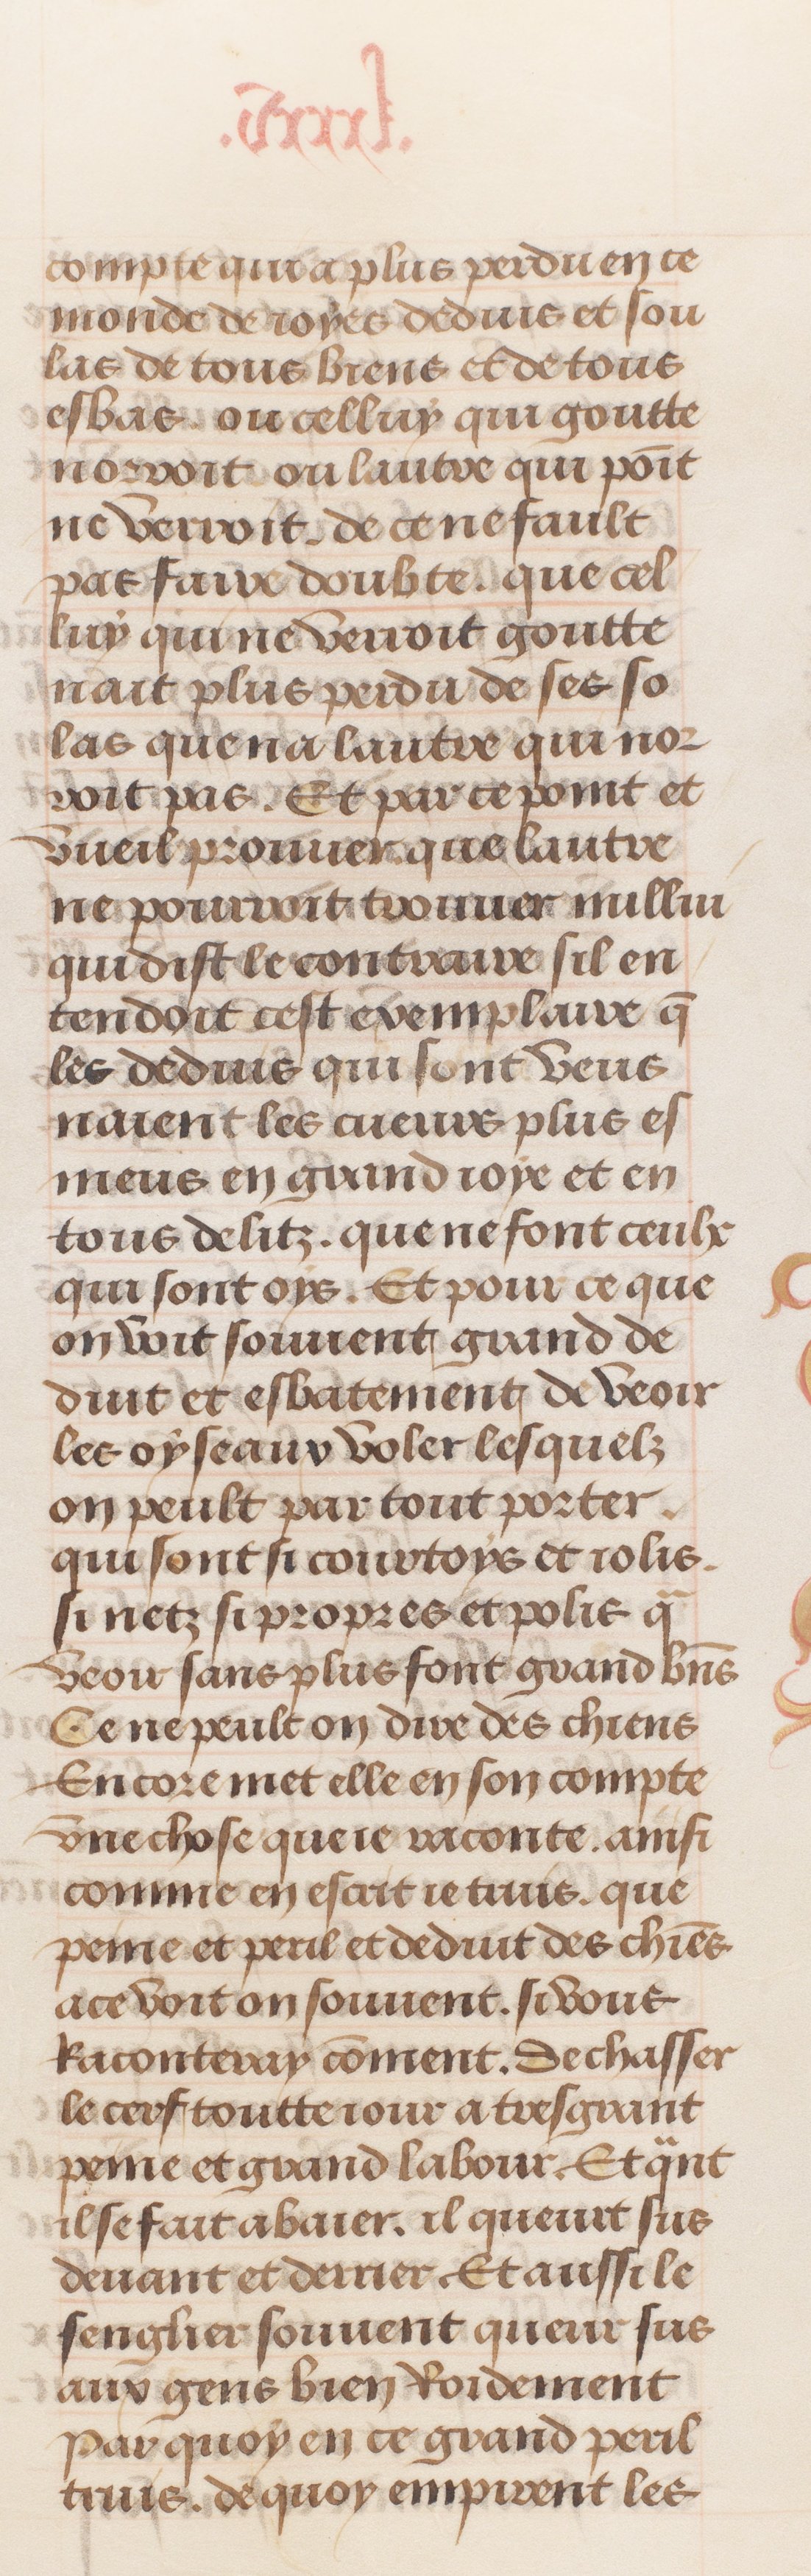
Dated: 1491–1498